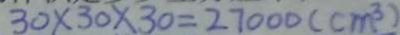
3 0 \times 3 0 \times 3 0 = 2 7 0 0 0 ( c m ^ { 3 } )